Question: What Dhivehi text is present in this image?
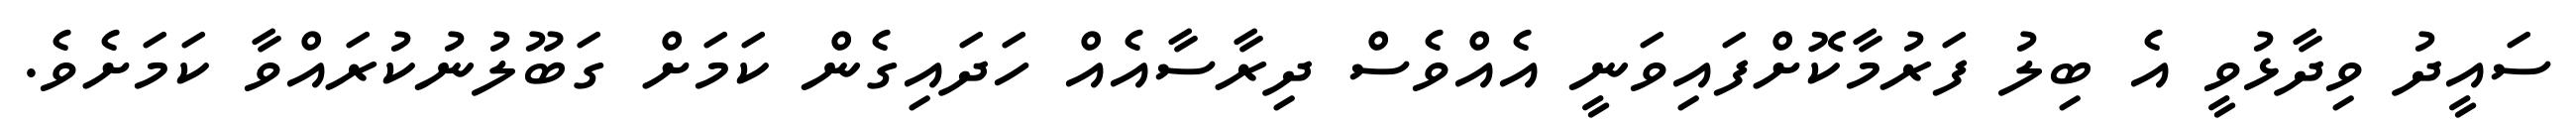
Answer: ސައީދު ވިދާޅުވީ އެ ބިލު ފަރުމާކޮށްފައިވަނީ އެއްވެސް ދިރާސާއެއް ހަދައިގެން ކަމަށް ގަބޫލުނުކުރައްވާ ކަމަށެވެ.